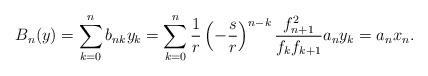
LaTeX: \begin{align*}B_{n}(y)=\sum\limits_{k=0}^{n}b_{nk}y_{k}=\sum\limits_{k=0}^{n}\frac{1}{r}\left( -\frac{s}{r}\right)^{n-k}\frac{f_{n+1}^{2}}{f_{k}f_{k+1}}a_{n}y_{k}=a_{n}x_{n} .\end{align*}